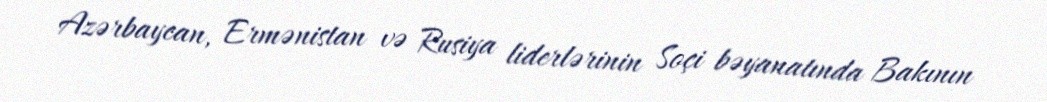
Azərbaycan, Ermənistan və Rusiya liderlərinin Soçi bəyanatında Bakının